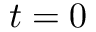
t = 0